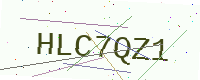
Text: HLC7QZ1